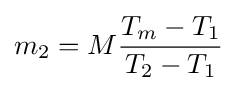
m_{2}=M{\frac {T_{m}-T_{1}}{T_{2}-T_{1}}}